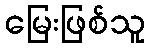
မြေးဖြစ်သူ